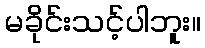
မခိုင်းသင့်ပါဘူး။